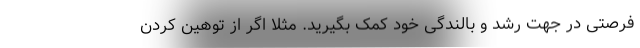
فرصتی در جهت رشد و بالندگی خود کمک بگیرید. مثلاً اگر از توهین کردن